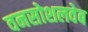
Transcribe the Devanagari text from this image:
वनसोशलवेब